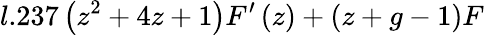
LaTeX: l.237\left(z^{2}+4z+1\right)F^{\prime}\left(z\right)+\left(z+g-1\right)F